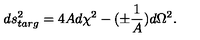
d s _ { t a r g } ^ { 2 } = 4 A d \chi ^ { 2 } - ( \pm { \frac { 1 } { A } } ) d \Omega ^ { 2 } .